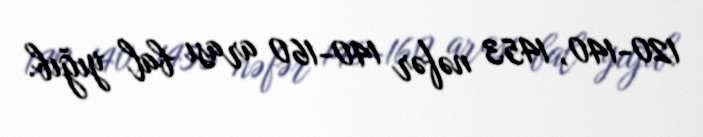
120-140, 1453 nəfər 140-160 arası bal yığıb.